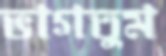
ভাগতুম